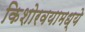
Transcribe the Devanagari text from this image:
किशोरवयामध्ये